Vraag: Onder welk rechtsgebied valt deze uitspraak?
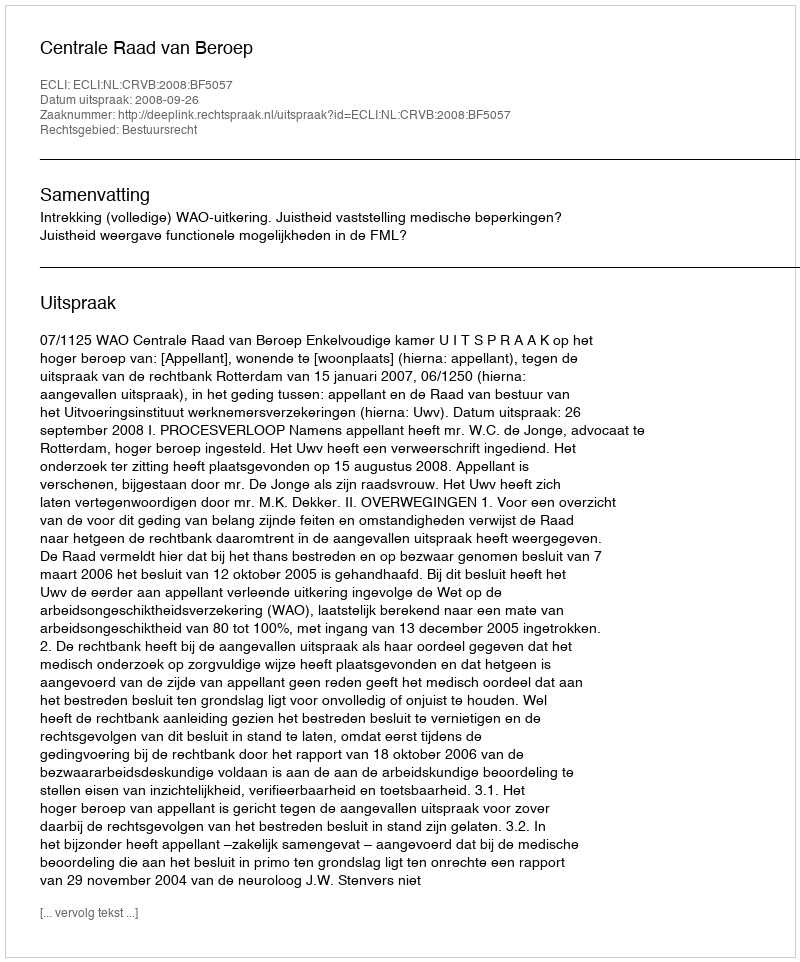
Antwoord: Bestuursrecht